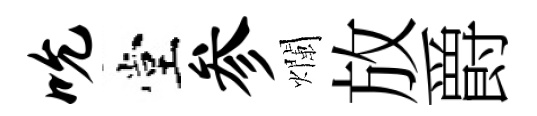
吮堂参爛放爵